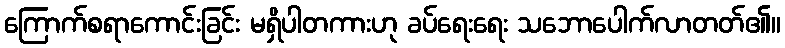
ကြောက်စရာကောင်းခြင်း မရှိပါတကားဟု ခပ်ရေးရေး သဘောပေါက်လာတတ်၏။